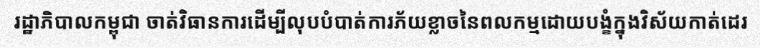
រដ្ឋាភិបាលកម្ពុជា ចាត់វិធានការដើម្បីលុបបំបាត់ការភ័យខ្លាចនៃពលកម្មដោយបង្ខំក្នុងវិស័យកាត់ដេរ